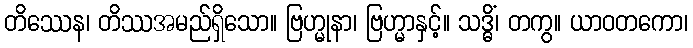
တိဿေန၊ တိဿအမည်ရှိသော။ ဗြဟ္မုနာ၊ ဗြဟ္မာနှင့်။ သဒ္ဓိံ၊ တကွ။ ယာဝတကော၊